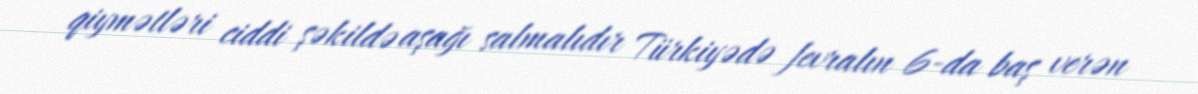
qiymətləri ciddi şəkildə aşağı salmalıdır Türkiyədə fevralın 6-da baş verən